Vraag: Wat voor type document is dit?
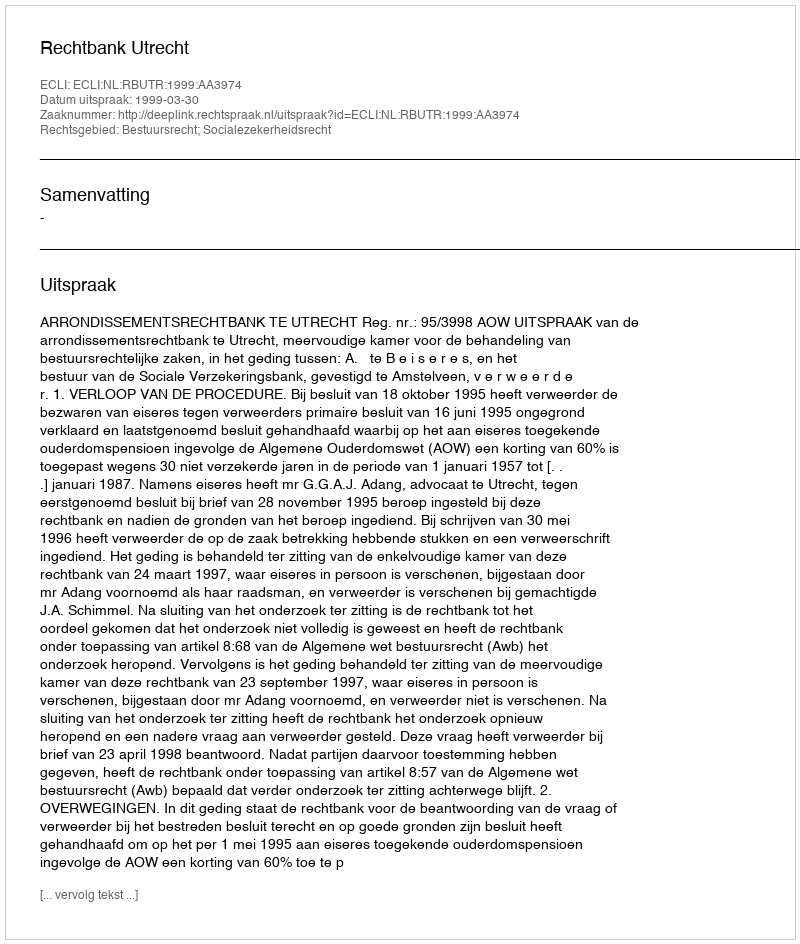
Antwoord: Uitspraak